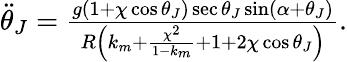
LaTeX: \begin{array}{r}{\ddot{\theta}_{J}=\frac{g(1+\chi\cos\theta_{J})\sec\theta_{J}\sin(\alpha+\theta_{J})}{R\left(k_{m}+\frac{\chi^{2}}{1-k_{m}}+1+2\chi\cos\theta_{J}\right)}.}\end{array}